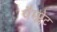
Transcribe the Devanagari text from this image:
पैम्प्लेट